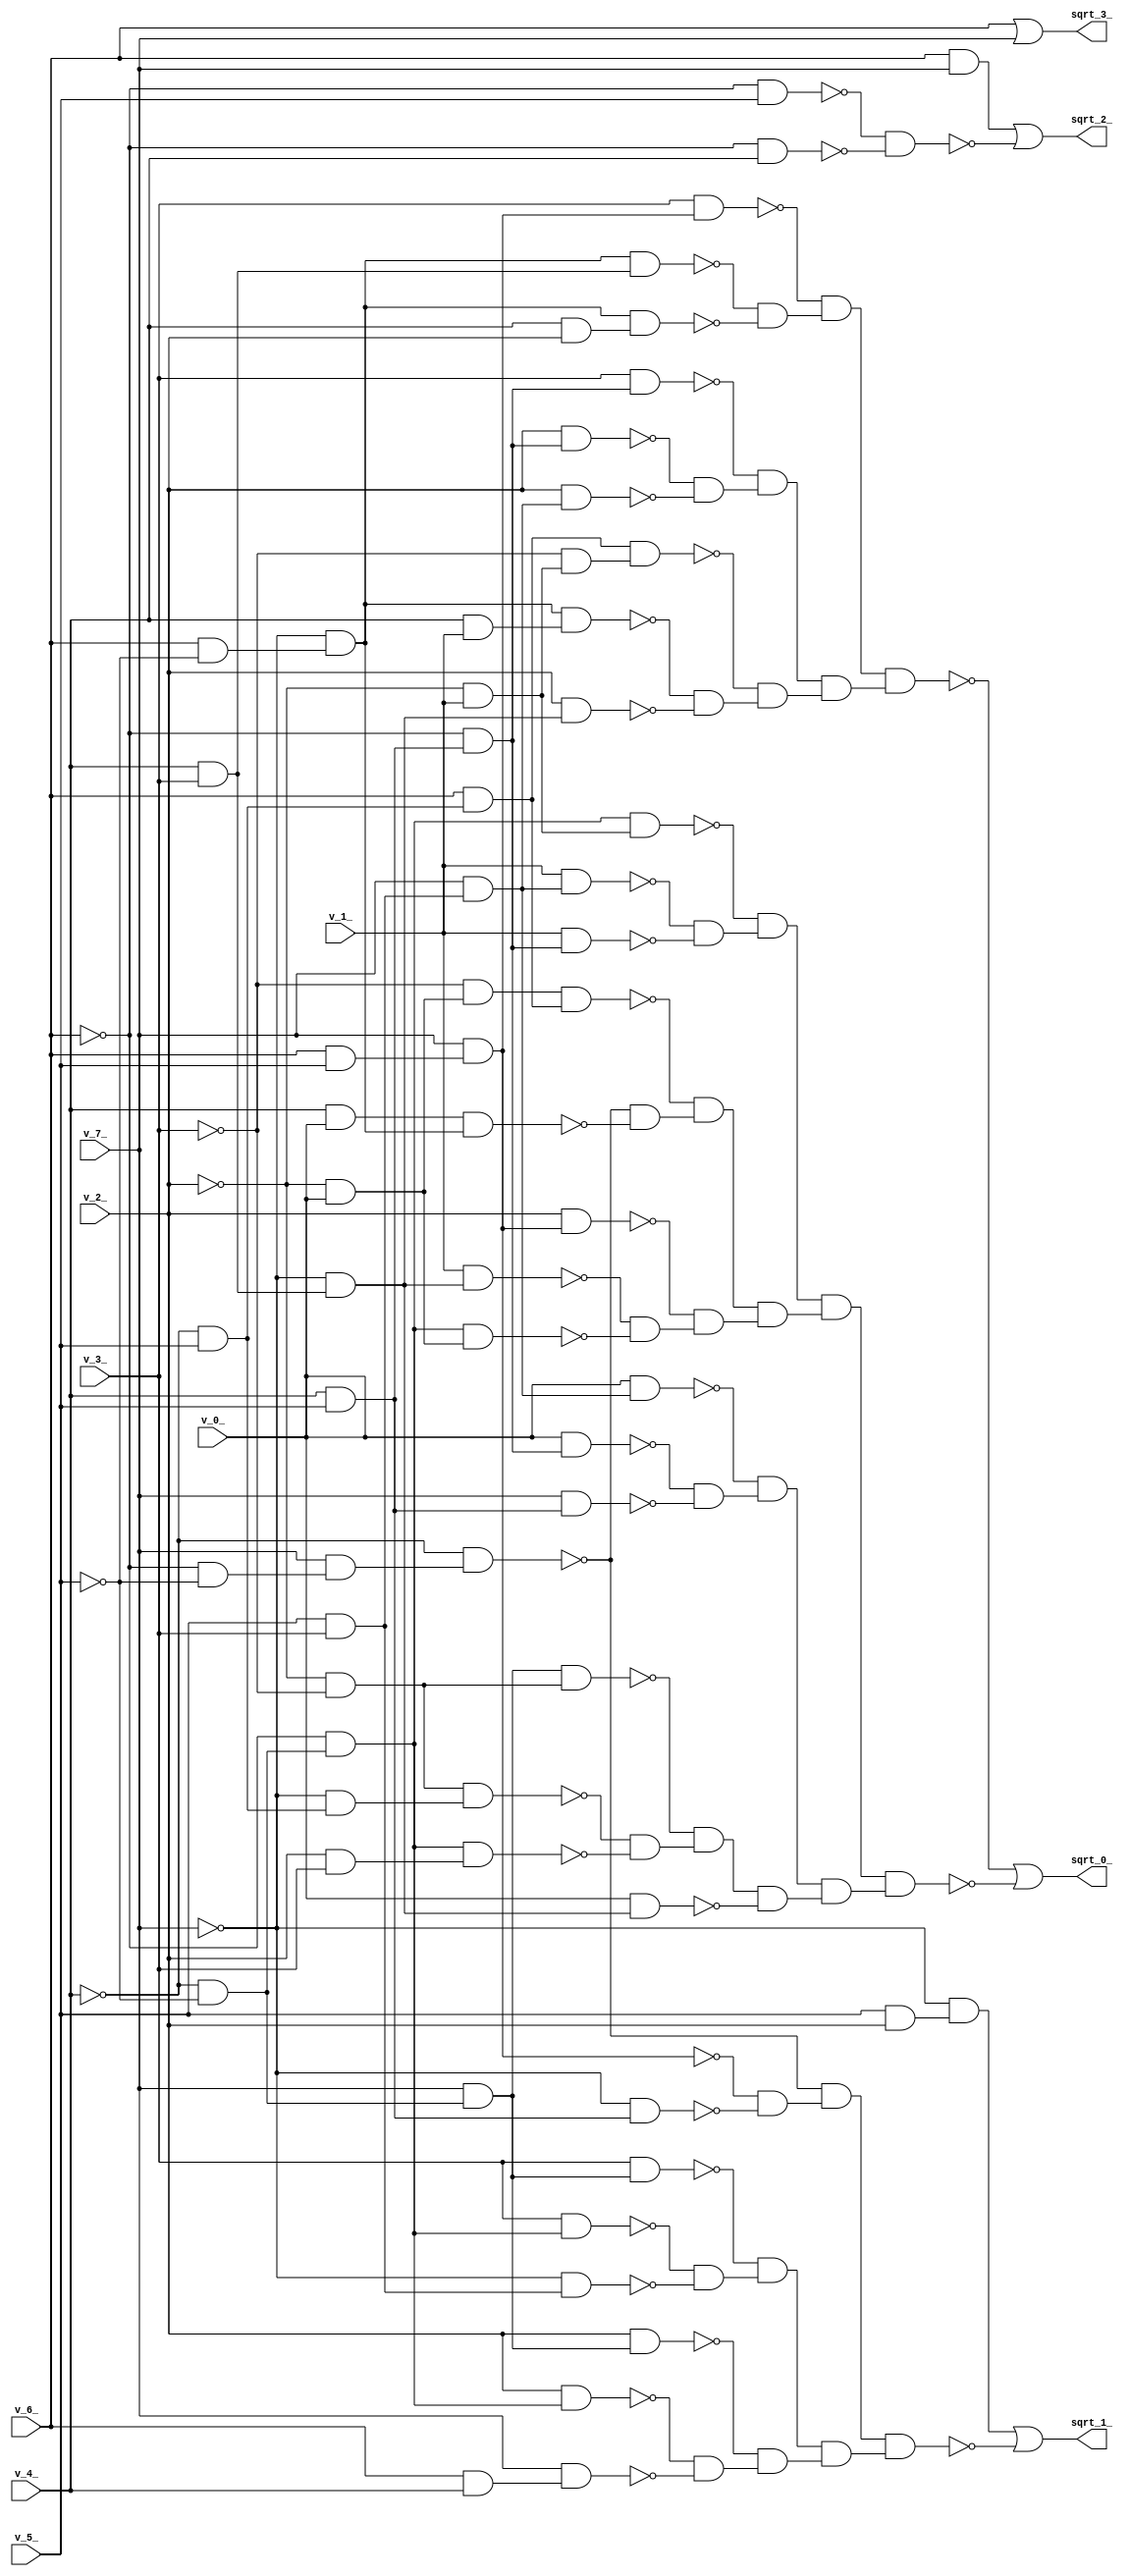
module top ( 
    v_6_, v_7_, v_4_, v_5_, v_2_, v_3_, v_0_, v_1_,
    sqrt_3_, sqrt_2_, sqrt_1_, sqrt_0_  );
  input  v_6_, v_7_, v_4_, v_5_, v_2_, v_3_, v_0_, v_1_;
  output sqrt_3_, sqrt_2_, sqrt_1_, sqrt_0_;
  wire new_n14_, new_n15_, new_n16_, new_n17_, new_n19_, new_n20_, new_n21_,
    new_n22_, new_n23_, new_n24_, new_n25_, new_n26_, new_n27_, new_n28_,
    new_n29_, new_n30_, new_n31_, new_n32_, new_n33_, new_n34_, new_n35_,
    new_n36_, new_n37_, new_n38_, new_n39_, new_n40_, new_n41_, new_n42_,
    new_n43_, new_n44_, new_n45_, new_n46_, new_n48_, new_n49_, new_n50_,
    new_n51_, new_n52_, new_n53_, new_n54_, new_n55_, new_n56_, new_n57_,
    new_n58_, new_n59_, new_n60_, new_n61_, new_n62_, new_n63_, new_n64_,
    new_n65_, new_n66_, new_n67_, new_n68_, new_n69_, new_n70_, new_n71_,
    new_n72_, new_n73_, new_n74_, new_n75_, new_n76_, new_n77_, new_n78_,
    new_n79_, new_n80_, new_n81_, new_n82_, new_n83_, new_n84_, new_n85_,
    new_n86_, new_n87_, new_n88_, new_n89_, new_n90_, new_n91_, new_n92_,
    new_n93_, new_n94_, new_n95_, new_n96_, new_n97_, new_n98_, new_n99_,
    new_n100_, new_n101_, new_n102_, new_n103_, new_n104_, new_n105_,
    new_n106_, new_n107_, new_n108_, new_n109_, new_n110_, new_n111_,
    new_n112_;
  assign sqrt_3_ = v_6_ | v_7_;
  assign new_n14_ = ~v_6_ & v_5_;
  assign new_n15_ = ~v_6_ & v_4_;
  assign new_n16_ = v_6_ & v_7_;
  assign new_n17_ = ~new_n14_ & ~new_n15_;
  assign sqrt_2_ = new_n16_ | ~new_n17_;
  assign new_n19_ = v_5_ & v_2_;
  assign new_n20_ = ~v_7_ & new_n19_;
  assign new_n21_ = ~v_4_ & ~v_5_;
  assign new_n22_ = ~v_6_ & new_n21_;
  assign new_n23_ = v_3_ & new_n22_;
  assign new_n24_ = v_5_ & v_3_;
  assign new_n25_ = ~v_7_ & new_n24_;
  assign new_n26_ = v_7_ & new_n21_;
  assign new_n27_ = v_3_ & new_n26_;
  assign new_n28_ = ~new_n23_ & ~new_n25_;
  assign new_n29_ = ~new_n27_ & new_n28_;
  assign new_n30_ = v_2_ & new_n22_;
  assign new_n31_ = v_6_ & v_4_;
  assign new_n32_ = v_7_ & new_n31_;
  assign new_n33_ = v_2_ & new_n26_;
  assign new_n34_ = ~new_n30_ & ~new_n32_;
  assign new_n35_ = ~new_n33_ & new_n34_;
  assign new_n36_ = v_6_ & v_5_;
  assign new_n37_ = v_7_ & new_n36_;
  assign new_n38_ = v_4_ & v_5_;
  assign new_n39_ = ~v_7_ & new_n38_;
  assign new_n40_ = ~v_6_ & ~v_5_;
  assign new_n41_ = v_7_ & new_n40_;
  assign new_n42_ = ~v_4_ & new_n41_;
  assign new_n43_ = ~new_n37_ & ~new_n39_;
  assign new_n44_ = ~new_n42_ & new_n43_;
  assign new_n45_ = new_n29_ & new_n35_;
  assign new_n46_ = new_n44_ & new_n45_;
  assign sqrt_1_ = new_n20_ | ~new_n46_;
  assign new_n48_ = v_4_ & v_0_;
  assign new_n49_ = v_6_ & ~v_5_;
  assign new_n50_ = ~v_7_ & new_n49_;
  assign new_n51_ = new_n48_ & new_n50_;
  assign new_n52_ = ~v_2_ & v_0_;
  assign new_n53_ = ~v_3_ & new_n52_;
  assign new_n54_ = ~v_4_ & v_5_;
  assign new_n55_ = v_6_ & new_n54_;
  assign new_n56_ = new_n53_ & new_n55_;
  assign new_n57_ = ~new_n42_ & ~new_n51_;
  assign new_n58_ = ~new_n56_ & new_n57_;
  assign new_n59_ = v_4_ & v_3_;
  assign new_n60_ = ~v_7_ & new_n59_;
  assign new_n61_ = v_1_ & new_n60_;
  assign new_n62_ = new_n22_ & new_n52_;
  assign new_n63_ = v_2_ & new_n37_;
  assign new_n64_ = ~new_n61_ & ~new_n62_;
  assign new_n65_ = ~new_n63_ & new_n64_;
  assign new_n66_ = v_7_ & new_n24_;
  assign new_n67_ = v_1_ & new_n66_;
  assign new_n68_ = ~v_6_ & new_n38_;
  assign new_n69_ = v_1_ & new_n68_;
  assign new_n70_ = ~v_2_ & v_1_;
  assign new_n71_ = new_n22_ & new_n70_;
  assign new_n72_ = ~new_n67_ & ~new_n69_;
  assign new_n73_ = ~new_n71_ & new_n72_;
  assign new_n74_ = new_n58_ & new_n65_;
  assign new_n75_ = new_n73_ & new_n74_;
  assign new_n76_ = ~v_2_ & ~v_3_;
  assign new_n77_ = ~v_7_ & new_n54_;
  assign new_n78_ = new_n76_ & new_n77_;
  assign new_n79_ = v_2_ & v_3_;
  assign new_n80_ = new_n22_ & new_n79_;
  assign new_n81_ = new_n26_ & new_n76_;
  assign new_n82_ = ~new_n78_ & ~new_n80_;
  assign new_n83_ = ~new_n81_ & new_n82_;
  assign new_n84_ = v_0_ & new_n60_;
  assign new_n85_ = v_0_ & new_n68_;
  assign new_n86_ = v_7_ & new_n38_;
  assign new_n87_ = v_0_ & new_n66_;
  assign new_n88_ = ~new_n85_ & ~new_n86_;
  assign new_n89_ = ~new_n87_ & new_n88_;
  assign new_n90_ = new_n83_ & ~new_n84_;
  assign new_n91_ = new_n89_ & new_n90_;
  assign new_n92_ = v_2_ & new_n68_;
  assign new_n93_ = v_2_ & new_n66_;
  assign new_n94_ = v_3_ & new_n68_;
  assign new_n95_ = ~new_n92_ & ~new_n93_;
  assign new_n96_ = ~new_n94_ & new_n95_;
  assign new_n97_ = v_4_ & v_1_;
  assign new_n98_ = new_n50_ & new_n97_;
  assign new_n99_ = v_2_ & new_n60_;
  assign new_n100_ = ~v_3_ & new_n70_;
  assign new_n101_ = new_n55_ & new_n100_;
  assign new_n102_ = ~new_n98_ & ~new_n99_;
  assign new_n103_ = ~new_n101_ & new_n102_;
  assign new_n104_ = new_n50_ & new_n59_;
  assign new_n105_ = v_4_ & v_2_;
  assign new_n106_ = new_n50_ & new_n105_;
  assign new_n107_ = v_3_ & new_n37_;
  assign new_n108_ = ~new_n104_ & ~new_n106_;
  assign new_n109_ = ~new_n107_ & new_n108_;
  assign new_n110_ = new_n96_ & new_n103_;
  assign new_n111_ = new_n109_ & new_n110_;
  assign new_n112_ = new_n75_ & new_n91_;
  assign sqrt_0_ = ~new_n111_ | ~new_n112_;
endmodule